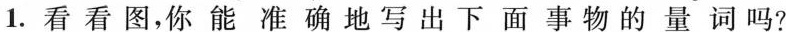
1.看看图，你能准确地写出下面事物的量词吗?